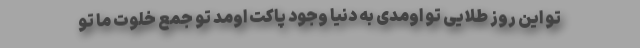
تو این روز طلایی تو اومدی به دنیا وجود پاکت اومد تو جمع خلوت ما تو